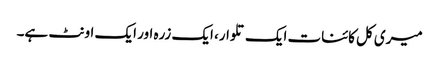
میری کل کائنات ایک تلوار، ایک زرہ اور ایک اونٹ ہے۔